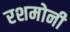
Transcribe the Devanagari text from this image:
रशमोनी